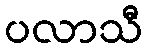
ပလာသီ